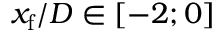
x _ { \mathrm { f } } / D \in [ - 2 ; 0 ]